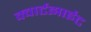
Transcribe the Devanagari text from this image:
क्वार्टझाईट